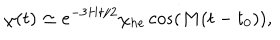
\chi ( t ) \simeq e ^ { - 3 H t / 2 } \chi _ { h e } \cos \left( M ( t - t _ { 0 } ) \right) ,